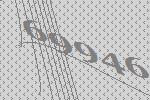
69946